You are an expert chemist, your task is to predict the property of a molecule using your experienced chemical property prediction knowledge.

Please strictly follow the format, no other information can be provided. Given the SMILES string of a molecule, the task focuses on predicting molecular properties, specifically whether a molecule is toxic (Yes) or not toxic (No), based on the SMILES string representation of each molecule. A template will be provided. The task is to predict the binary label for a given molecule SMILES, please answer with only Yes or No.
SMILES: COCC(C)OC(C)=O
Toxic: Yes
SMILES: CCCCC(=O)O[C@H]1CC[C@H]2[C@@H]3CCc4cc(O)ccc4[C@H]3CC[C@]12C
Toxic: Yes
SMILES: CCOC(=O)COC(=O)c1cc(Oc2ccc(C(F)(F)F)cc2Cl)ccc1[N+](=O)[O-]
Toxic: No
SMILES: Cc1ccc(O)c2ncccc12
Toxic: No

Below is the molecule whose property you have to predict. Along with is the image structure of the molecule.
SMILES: O=S(=O)(O)CCCN1CCOCC1
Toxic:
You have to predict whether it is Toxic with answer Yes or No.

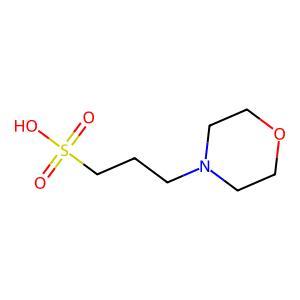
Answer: No